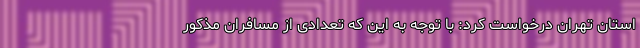
استان تهران درخواست کرد: با توجه به این که تعدادی از مسافران مذکور